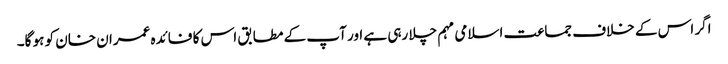
اگر اس کے خلاف جماعت اسلامی مہم چلا رہی ہے اور آپ کے مطابق اس کا فائدہ عمران خان کو ہو گا۔